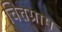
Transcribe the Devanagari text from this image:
चित्तग्राम